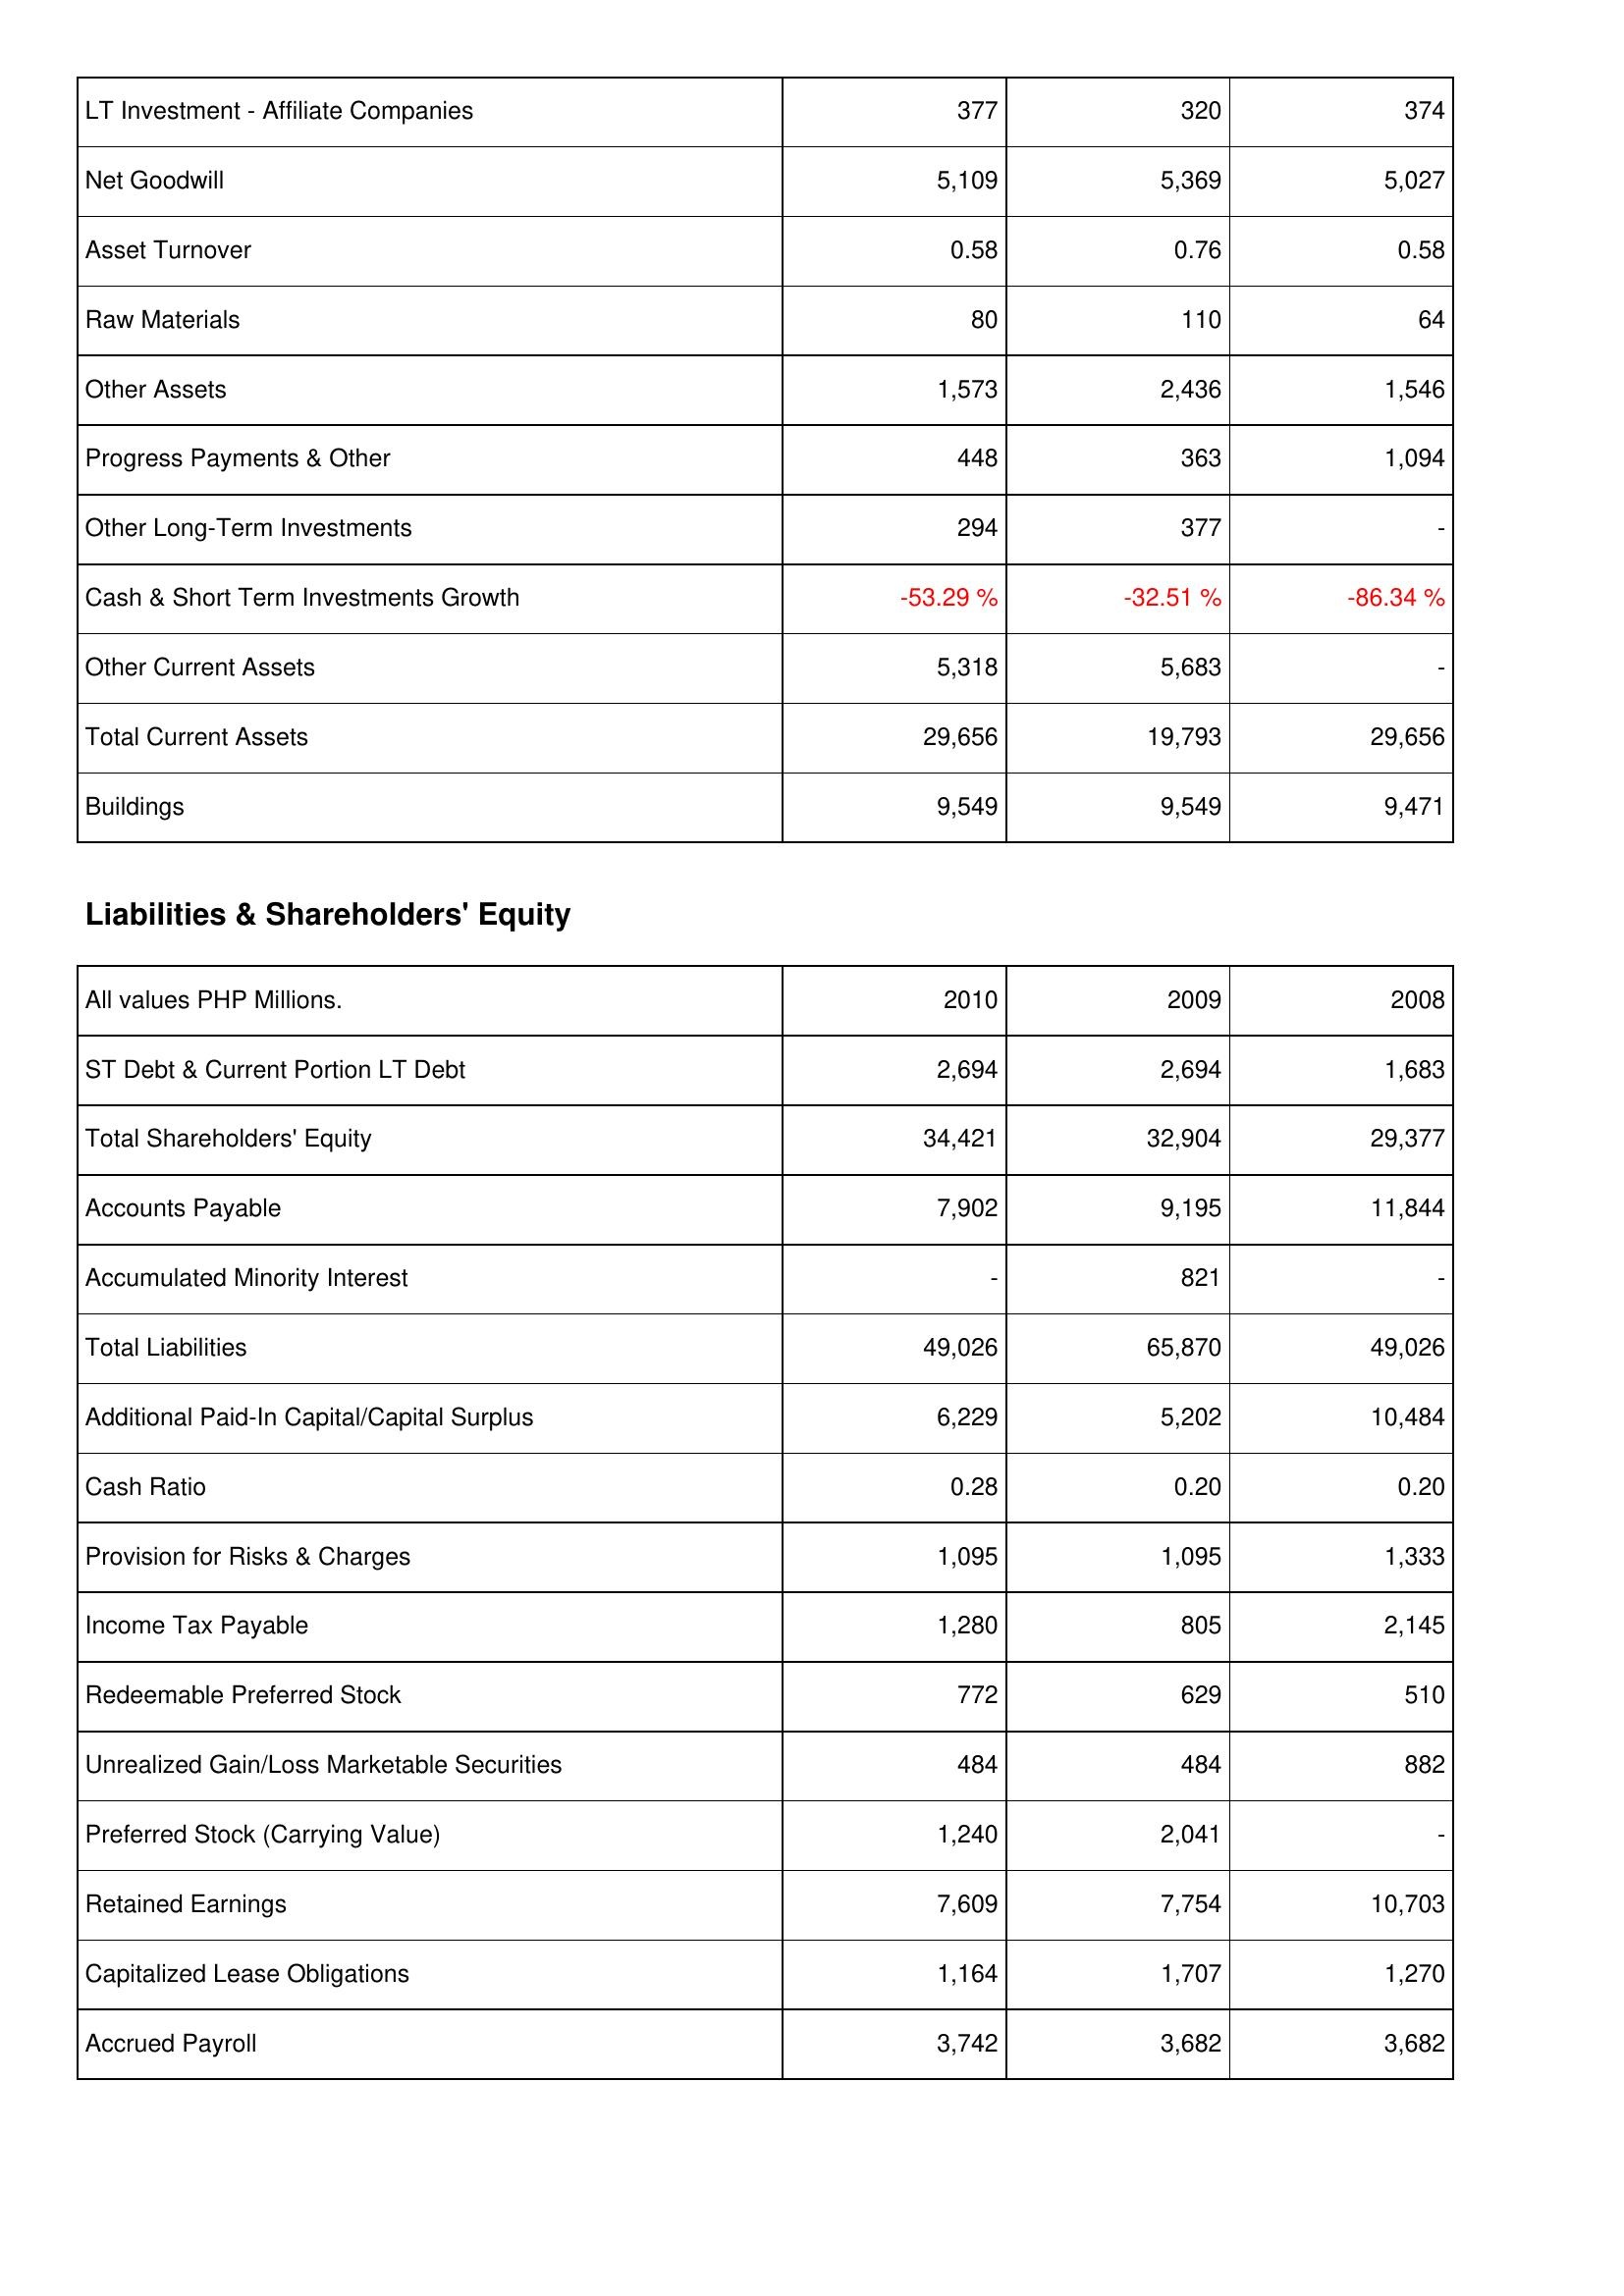
2010: Assets: LT Investment - Affiliate Companies: 377
Net Goodwill: 5,109
Asset Turnover: 0.58
Raw Materials: 80
Other Assets: 1,573
Progress Payments & Other: 448
Other Long-Term Investments: 294
Cash & Short Term Investments Growth: -53.29 %
Other Current Assets: 5,318
Total Current Assets: 29,656
Buildings: 9,549
Liabilities & Shareholders' Equity: ST Debt & Current Portion LT Debt: 2,694
Total Shareholders' Equity: 34,421
Accounts Payable: 7,902
Accumulated Minority Interest: -
Total Liabilities: 49,026
Additional Paid-In Capital/Capital Surplus: 6,229
Cash Ratio: 0.28
Provision for Risks & Charges: 1,095
Income Tax Payable: 1,280
Redeemable Preferred Stock: 772
Unrealized Gain/Loss Marketable Securities: 484
Preferred Stock (Carrying Value): 1,240
Retained Earnings: 7,609
Capitalized Lease Obligations: 1,164
Accrued Payroll: 3,742
2009: Assets: LT Investment - Affiliate Companies: 320
Net Goodwill: 5,369
Asset Turnover: 0.76
Raw Materials: 110
Other Assets: 2,436
Progress Payments & Other: 363
Other Long-Term Investments: 377
Cash & Short Term Investments Growth: -32.51 %
Other Current Assets: 5,683
Total Current Assets: 19,793
Buildings: 9,549
Liabilities & Shareholders' Equity: ST Debt & Current Portion LT Debt: 2,694
Total Shareholders' Equity: 32,904
Accounts Payable: 9,195
Accumulated Minority Interest: 821
Total Liabilities: 65,870
Additional Paid-In Capital/Capital Surplus: 5,202
Cash Ratio: 0.20
Provision for Risks & Charges: 1,095
Income Tax Payable: 805
Redeemable Preferred Stock: 629
Unrealized Gain/Loss Marketable Securities: 484
Preferred Stock (Carrying Value): 2,041
Retained Earnings: 7,754
Capitalized Lease Obligations: 1,707
Accrued Payroll: 3,682
2008: Assets: LT Investment - Affiliate Companies: 374
Net Goodwill: 5,027
Asset Turnover: 0.58
Raw Materials: 64
Other Assets: 1,546
Progress Payments & Other: 1,094
Other Long-Term Investments: -
Cash & Short Term Investments Growth: -86.34 %
Other Current Assets: -
Total Current Assets: 29,656
Buildings: 9,471
Liabilities & Shareholders' Equity: ST Debt & Current Portion LT Debt: 1,683
Total Shareholders' Equity: 29,377
Accounts Payable: 11,844
Accumulated Minority Interest: -
Total Liabilities: 49,026
Additional Paid-In Capital/Capital Surplus: 10,484
Cash Ratio: 0.20
Provision for Risks & Charges: 1,333
Income Tax Payable: 2,145
Redeemable Preferred Stock: 510
Unrealized Gain/Loss Marketable Securities: 882
Preferred Stock (Carrying Value): -
Retained Earnings: 10,703
Capitalized Lease Obligations: 1,270
Accrued Payroll: 3,682